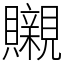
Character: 䞋